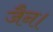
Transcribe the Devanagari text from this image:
जैन।